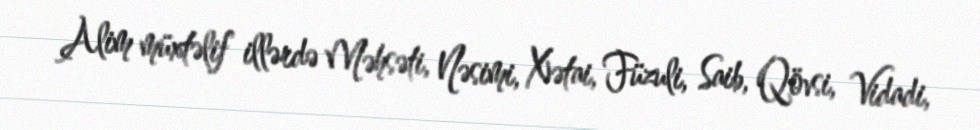
Alim müxtəlif illərdə Məhsəti, Nəsimi, Xətai, Füzuli, Saib, Qövsi, Vidadi,